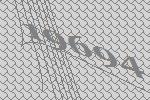
19694